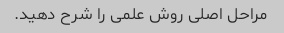
مراحل اصلی روش علمی را شرح دهید.